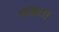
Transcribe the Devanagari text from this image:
वज्रला